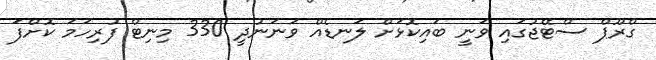
ގްރޫޕް ސްޓޭޖުގައި ވަނީ ބައިކޮޅަށް ލަނޑެއް ވަނަނުދީ 330 މިނިޓް ފުރިހަމަ ކޮށްފަ